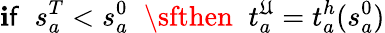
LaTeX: {\sf\mathbf{i}f}\; \; s_{a}^{T}<s_{a}^{0}\; \; {\sfthen}\; \; t_{a}^{\mathfrak{U}}=t_{a}^{h}(s_{a}^{0})